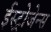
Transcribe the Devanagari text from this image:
ईस्ट्रोजेन्स